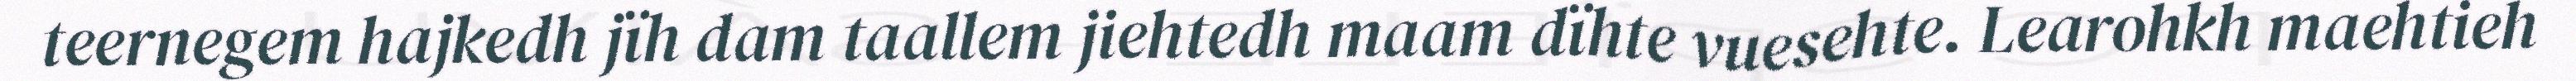
teernegem hajkedh jïh dam taallem jiehtedh maam dïhte vuesehte. Learohkh maehtieh